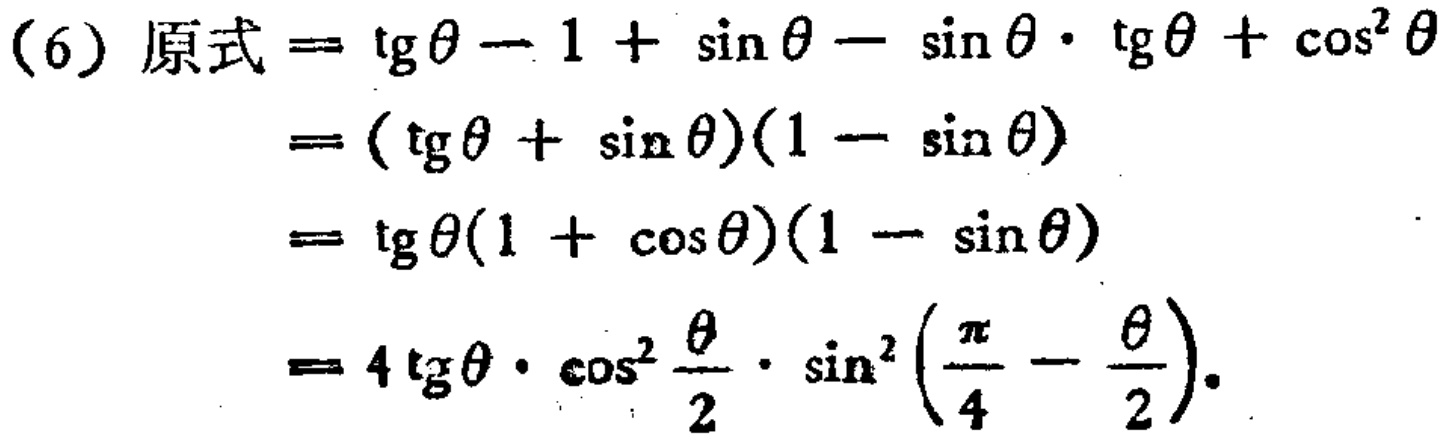
(6) 原式$=\mathrm{tg}\theta - 1 + \sin\theta - \sin\theta\cdot\mathrm{tg}\theta + \cos^{2}\theta$

$=(\mathrm{tg}\theta + \sin\theta)(1 - \sin\theta)$

$=\mathrm{tg}\theta(1 + \cos\theta)(1 - \sin\theta)$

$=4\mathrm{tg}\theta\cdot\cos^{2}\frac{\theta}{2}\cdot\sin^{2}(\frac{\pi}{4}-\frac{\theta}{2})$.